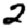
Digit: 2